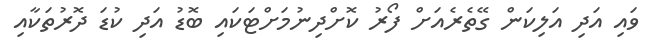
ވައި އަދި އަލިކަން ގޭތެރެއަށް ފޯރު ކޮށްދިނުމަށްޓަކައި ބޮޑު އަދި ކުޑަ ދޮރުތަކާއި